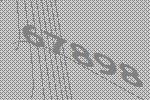
67898